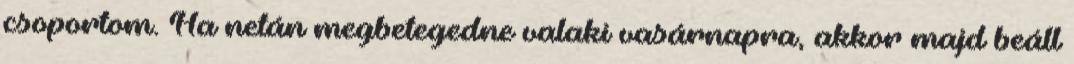
csoportom. Ha netán megbetegedne valaki vasárnapra, akkor majd beáll